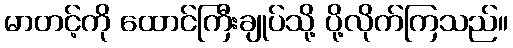
မာတင့်ကို ထောင်ကြီးချုပ်သို့ ပို့လိုက်ကြသည်။